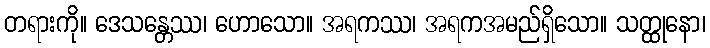
တရားကို။ ဒေသန္တေဿ၊ ဟောသော။ အရကဿ၊ အရကအမည်ရှိသော။ သတ္ထုနော၊